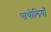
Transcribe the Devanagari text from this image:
पाथोलियाँ